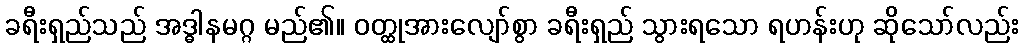
ခရီးရှည်သည် အဒ္ဓါနမဂ္ဂ မည်၏။ ဝတ္ထုအားလျော်စွာ ခရီးရှည် သွားရသော ရဟန်းဟု ဆိုသော်လည်း